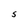
Character: S